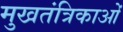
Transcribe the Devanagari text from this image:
मुखतंत्रिकाओं